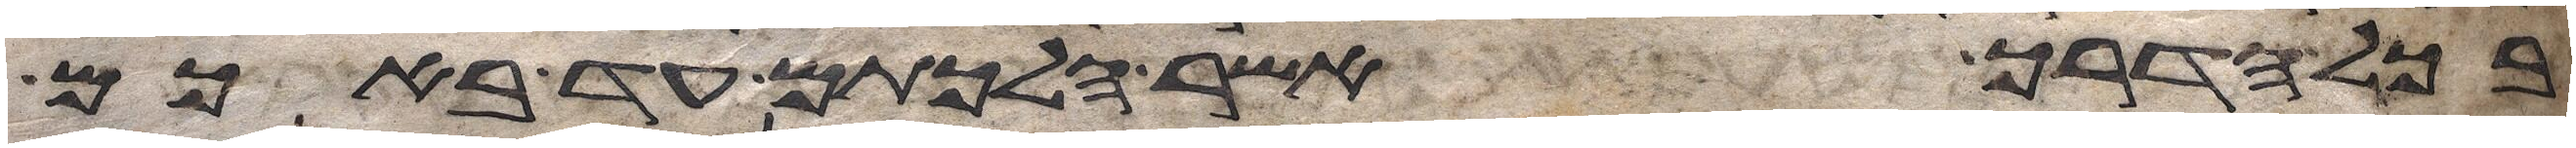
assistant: בכל הדרך אשר הלכתם עד באכם